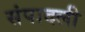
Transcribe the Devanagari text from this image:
संपादली